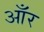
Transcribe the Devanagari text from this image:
आँर